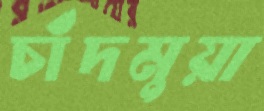
চাঁদমুয়া